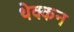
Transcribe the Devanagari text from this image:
थेक्कन